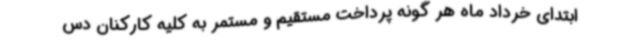
ابتدای خرداد ماه هر گونه پرداخت مستقیم و مستمر به کلیه کارکنان دس